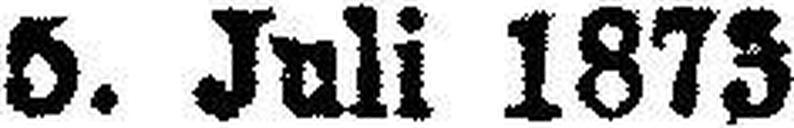
5. Juli 1873